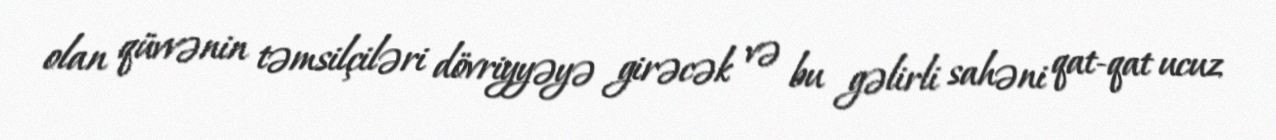
olan qüvvənin təmsilçiləri dövriyyəyə girəcək və bu gəlirli sahəni qat-qat ucuz